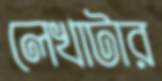
লেখাটার